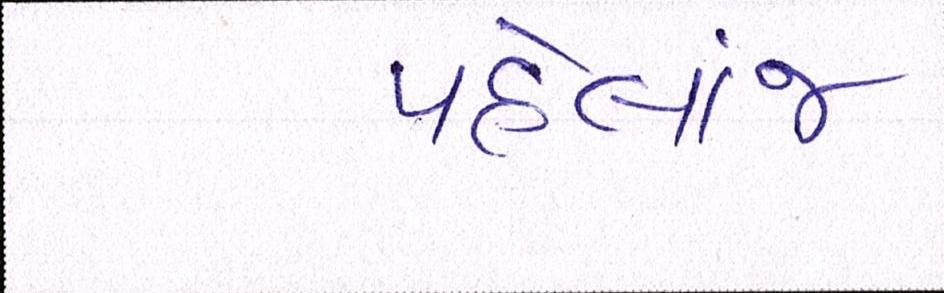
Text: પહેલાંજ